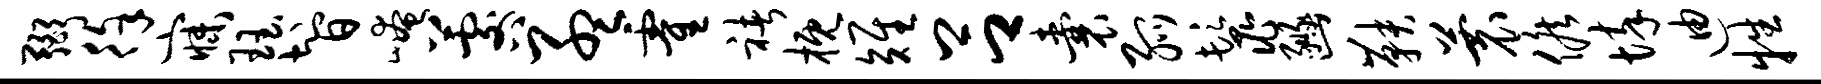
弼徐寐珏智崦晷孟霍褚概雉吕囊弧鬣豳鞅蓑候悴迪牲